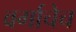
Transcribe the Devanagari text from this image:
वर्गाचेच